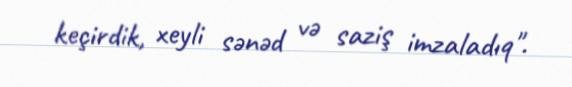
keçirdik, xeyli sənəd və saziş imzaladıq".